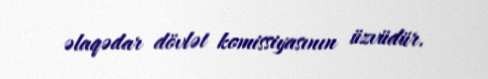
əlaqədar dövlət komissiyasının üzvüdür.